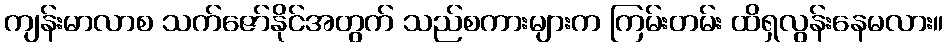
ကျန်းမာလာစ သက်ဇော်နိုင်အတွက် သည်စကားများက ကြမ်းတမ်း ထိရှလွန်းနေမလား။